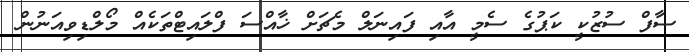
ސާފް ސުޒުކީ ކަޕުގެ ސެމީ އާއި ފައިނަލް މެޗަށް ޚާއްސަ ފްލައިޓްތަކެއް މޯލްޑިވިއަނުން